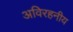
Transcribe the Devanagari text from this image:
अविरहनीय